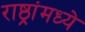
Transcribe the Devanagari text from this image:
राष्ठ्रांमध्ये